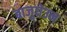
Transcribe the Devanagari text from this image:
बाजुघेउन